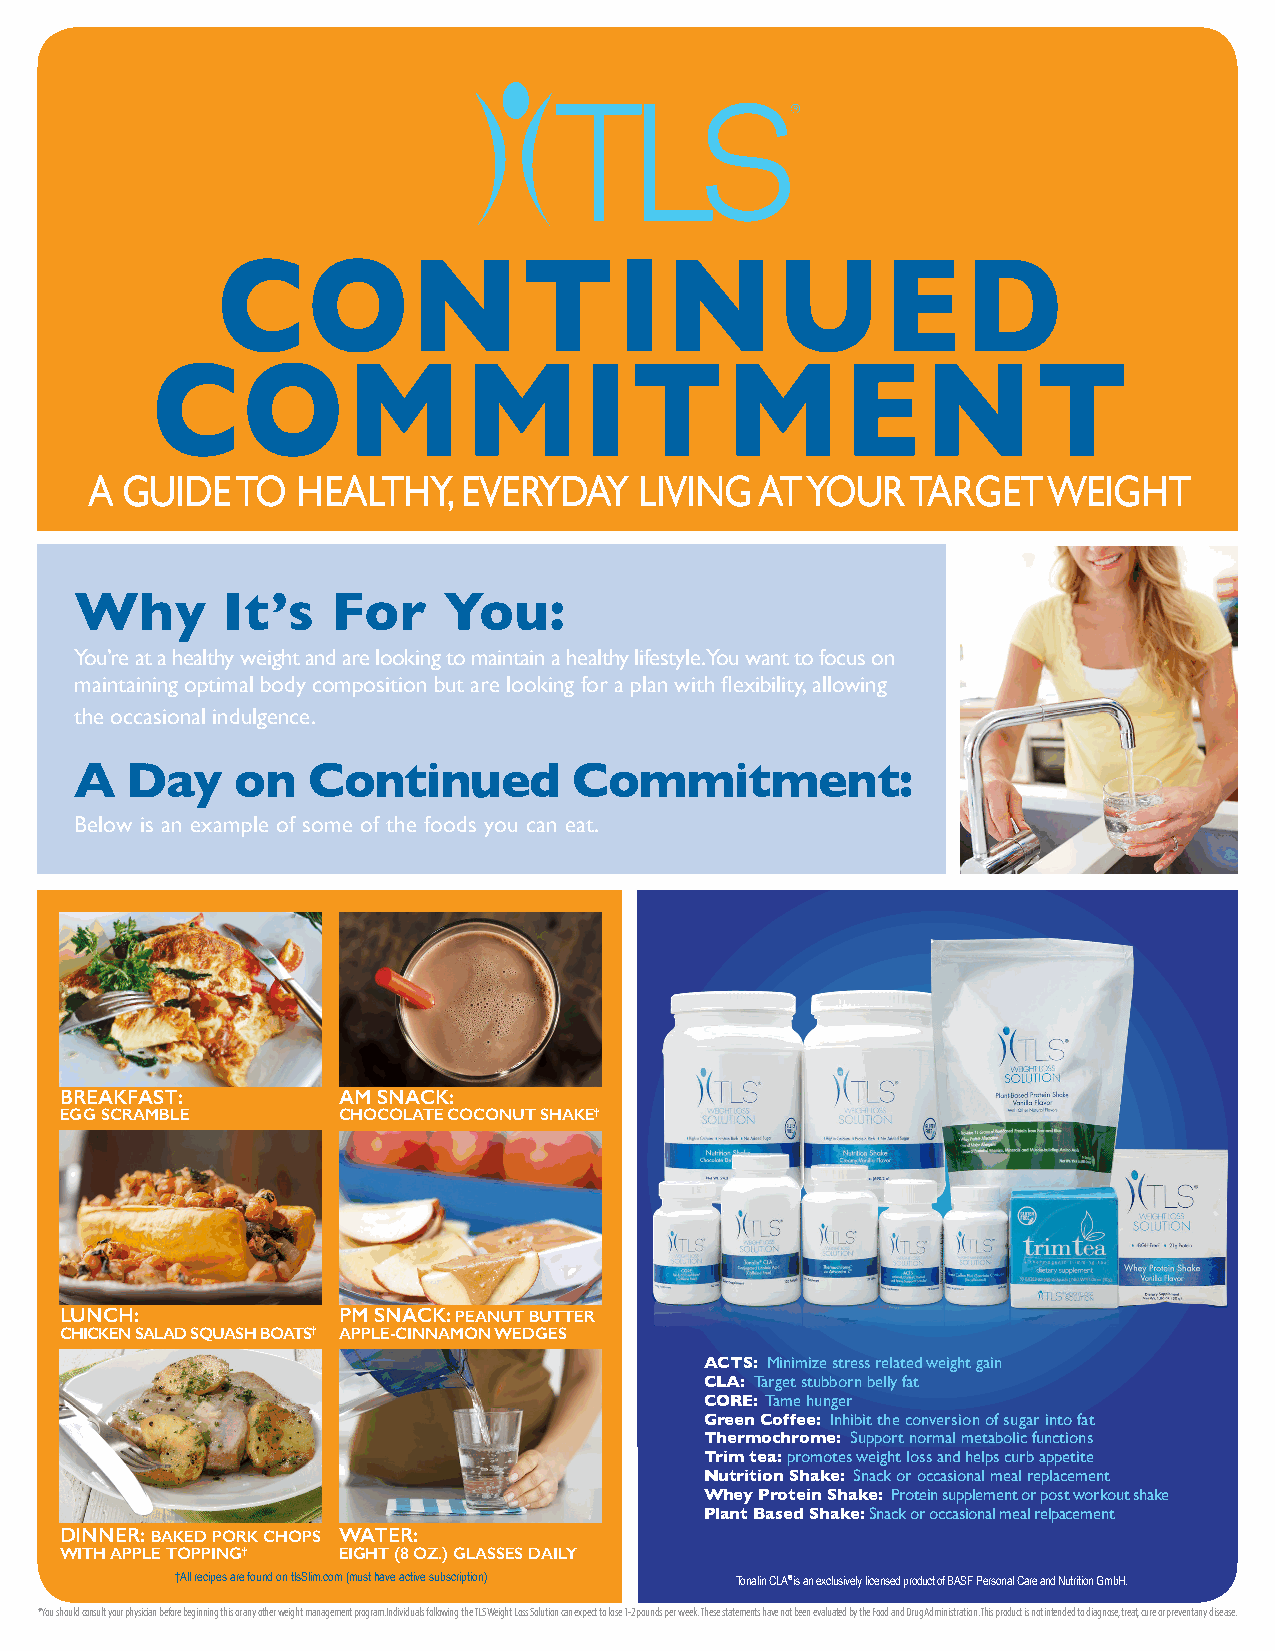
CONTINUED
 COMMITMENT
 A GUIDE   TO  HEALTHY,   EVERYDAY   LIVING  AT YOUR   TARGET   WEIGHT
 Why       It’s   For    You:
 You’re at a healthy weight and are looking to maintain a healthy lifestyle. You want to focus on
 maintaining optimal body composition but are looking for a plan with flexibility, allowing
 the occasional indulgence.
 A  Day     on  Continued         Commitment:
 Below is an example of some of the foods you can eat.
 BREAKFAST:        AM SNACK:
 EGG SCRAMBLE      CHOCOLATE COCONUT SHAKE†
 LUNCH:            PM SNACK: PEANUT BUTTER
 CHICKEN SALAD SQUASH BOATS† APPLE-CINNAMON WEDGES
 ACTS: Minimize stress related weight gain
 CLA: Target stubborn belly fat
 CORE: Tame hunger
 Green Coffee: Inhibit the conversion of sugar into fat
 Thermochrome: Support normal metabolic functions
 Trim tea: promotes weight loss and helps curb appetite
 Nutrition Shake: Snack or occasional meal replacement
 Whey Protein Shake: Protein supplement or post workout shake
 Plant Based Shake: Snack or occasional meal relpacement
 DINNER: BAKED PORK CHOPS WATER:
 WITH APPLE TOPPING† EIGHT (8 OZ.) GLASSES DAILY
 †All recipes are found on tlsSlim.com (must have active subscription) Tonalin CLA® is an exclusively licensed product of BASF Personal Care and Nutrition GmbH.
 *You should consult your physician before beginning this or any other weight management program.Individuals following the TLS Weight Loss Solution can expect to lose 1-2 pounds per week. These statements have not been evaluated by the Food and Drug Administration. This product is not intended to diagnose, treat, cure or prevent any disease.